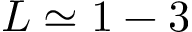
L \simeq 1 - 3